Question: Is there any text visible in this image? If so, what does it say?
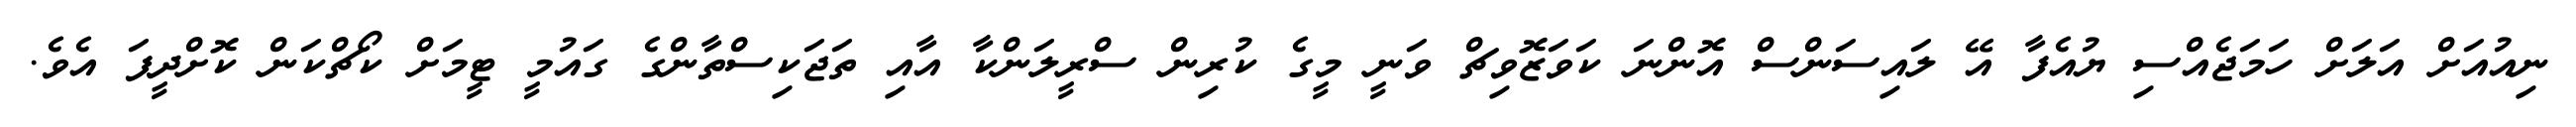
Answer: ނިއުއަށް އަލަށް ހަމަޖެއްސި ޔުއެފާ އޭ ލައިސަންސް އޮންނަ ކަވަޒޮވިޗް ވަނީ މީގެ ކުރިން ސްރީލަންކާ އާއި ތަޖަކިސްތާންގެ ގައުމީ ޓީމަށް ކޯޗްކަން ކޮށްދީފަ އެވެ.